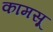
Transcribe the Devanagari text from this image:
कामसू